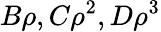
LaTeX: B\rho,C\rho^{2},D\rho^{3}